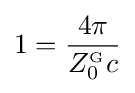
1={\frac {4\pi }{Z_{0}^{_{\mathrm {G} }}c}}